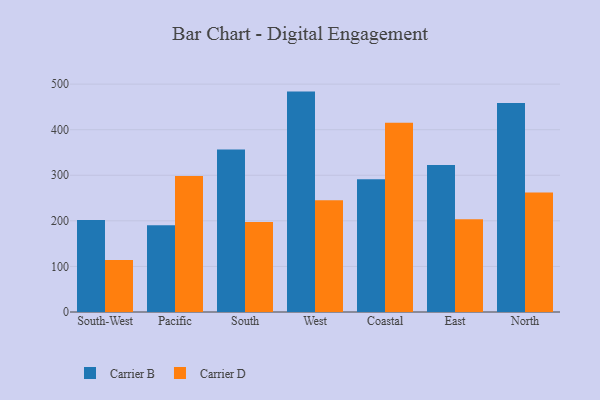
{"axis": {"x": "Region", "y": "Gross Profit (USD K)"}, "legend": ["Carrier B", "Carrier D"], "data": [{"x": "South-West", "y": 201.7, "type": "Carrier B"}, {"x": "South-West", "y": 114.3, "type": "Carrier D"}, {"x": "Pacific", "y": 190.5, "type": "Carrier B"}, {"x": "Pacific", "y": 298.5, "type": "Carrier D"}, {"x": "South", "y": 356.4, "type": "Carrier B"}, {"x": "South", "y": 197.7, "type": "Carrier D"}, {"x": "West", "y": 483.6, "type": "Carrier B"}, {"x": "West", "y": 245.2, "type": "Carrier D"}, {"x": "Coastal", "y": 291.3, "type": "Carrier B"}, {"x": "Coastal", "y": 415.5, "type": "Carrier D"}, {"x": "East", "y": 322.4, "type": "Carrier B"}, {"x": "East", "y": 203.3, "type": "Carrier D"}, {"x": "North", "y": 458.7, "type": "Carrier B"}, {"x": "North", "y": 262.4, "type": "Carrier D"}]}